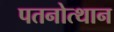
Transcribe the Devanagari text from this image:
पतनोत्थान